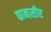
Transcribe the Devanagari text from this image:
फाबासीए